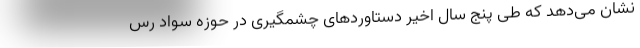
نشان می‌دهد که طی پنج سال اخیر دستاوردهای چشمگیری در حوزه سواد رس